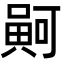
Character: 𠾟